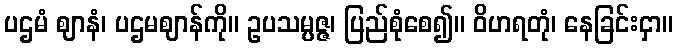
ပဌမံ ဈာနံ၊ ပဌမဈာန်ကို။ ဥပသမ္ပဇ္ဇ၊ ပြည်စုံစေ၍။ ဝိဟရတုံ၊ နေခြင်းငှာ။